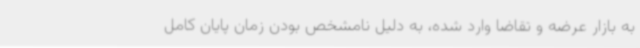
به بازار عرضه و تقاضا وارد شده، به دلیل نامشخص بودن زمان پایان کامل